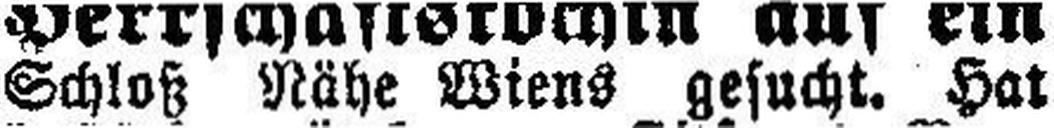
Schloß Nähe Wiens gesucht. Hat